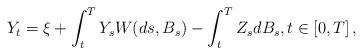
LaTeX: \begin{align*} Y_t=\xi+\int_t^T Y_s W (ds,B_s) -\int_t^T Z_sdB_s, t\in [0,T]\,, \end{align*}